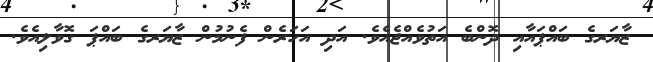
ޒާޔަރގެ ބައްޕައާއި ދޮންބެ އަތުވެއްޖެއެވެ. އަދި އަހަރެން ފެނުމުން ޒާޔަރގެ ބައްޕަ ގޮވާލިއެވެ.